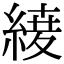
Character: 𮈦